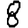
Digit: 8